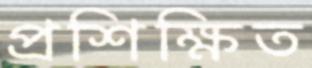
প্রশিক্ষিত